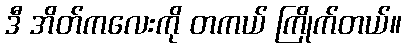
ဒီ အိတ်ကလေးကို တကယ် ကြိုက်တယ်။